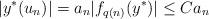
LaTeX: \begin{align*} |y^*(u_n)| = a_n|f_{q(n)}(y^*)| \leq C a_n \end{align*}